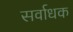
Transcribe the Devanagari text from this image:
सर्वाधक